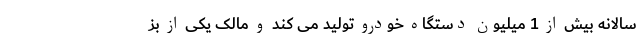
سالانه بیش از 1 میلیون دستگاه خودرو تولید می کند و مالک یکی از بز